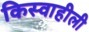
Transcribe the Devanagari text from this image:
किस्वाहीली